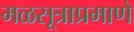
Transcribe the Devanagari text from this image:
मळसूत्राप्रमाणे